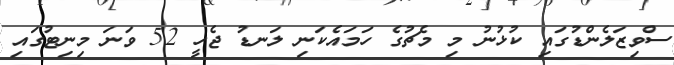
ސްވިޒަލެންޑުގައި ކުޅުނު މި މެޗުގެ ހަމައެކަނި ލަނޑު ޖެހީ 52 ވަނަ މިނިޓުގައި